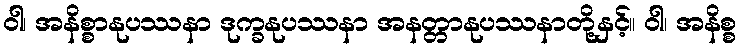
ဝါ၊ အနိစ္စာနုပဿနာ ဒုက္ခနုပဿနာ အနတ္တာနုပဿနာတို့နှင့်။ ဝါ၊ အနိစ္စ